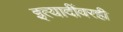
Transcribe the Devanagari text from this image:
इत्यादींवरही